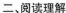
二、阅读理解